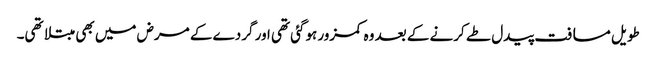
طویل مسافت پیدل طے کرنے کے بعد وہ کمزور ہوگئی تھی اور گردے کے مرض میں بھی مبتلا تھی۔